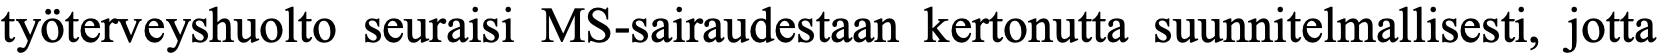
työterveyshuolto seuraisi MS-sairaudestaan kertonutta suunnitelmallisesti, jotta